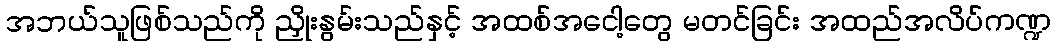
အဘယ်သူဖြစ်သည်ကို ညှိုးနွမ်းသည်နှင့် အထစ်အငေါ့တွေ မတင်ခြင်း အထည်အလိပ်ကဏ္ဍ